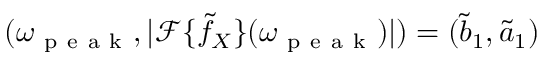
( \omega _ { \mathrm { ~ p ~ e ~ a ~ k ~ } } , | \mathcal F \{ \tilde { f } _ { X } \} ( \omega _ { \mathrm { ~ p ~ e ~ a ~ k ~ } } ) | ) = ( \tilde { b } _ { 1 } , \tilde { a } _ { 1 } )